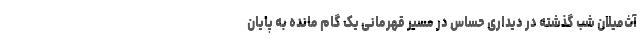
آث‌میلان شب گذشته در دیداری حساس در مسیر قهرمانی یک گام مانده به پایان